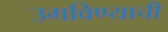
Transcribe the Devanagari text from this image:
उगविण्याची